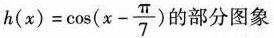
$$h(x)= \cos(x- \frac{\pi}{7})$$ 的部分图象